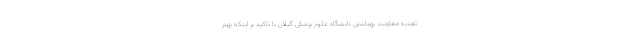
تغذیه معاونت بهداشتی دانشگاه علوم پزشکی گیلان با تاکید بر اینکه بهتر